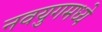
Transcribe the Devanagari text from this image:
नवयुगमध्ये